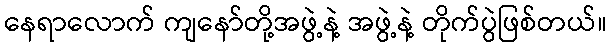
နေရာလောက် ကျနော်တို့အဖွဲ့နဲ့ အဖွဲ့နဲ့ တိုက်ပွဲဖြစ်တယ်။